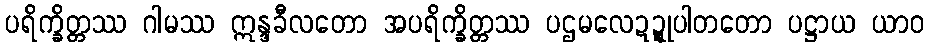
ပရိက္ခိတ္တဿ ဂါမဿ ဣန္ဒခီလတော အပရိက္ခိတ္တဿ ပဌမလေဍ္ဍုပါတတော ပဋ္ဌာယ ယာဝ